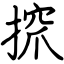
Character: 𢱑